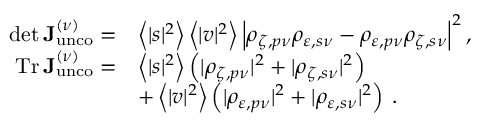
\begin{array} { r l } { \operatorname* { d e t } \mathop { \mathbf { J } _ { \mathrm { u n c o } } ^ { ( \nu ) } } = } & { \left\langle | s | ^ { 2 } \right\rangle \left\langle | v | ^ { 2 } \right\rangle \left| \rho _ { \zeta , p \nu } \rho _ { \varepsilon , s \nu } - \rho _ { \varepsilon , p \nu } \rho _ { \zeta , s \nu } \right| ^ { 2 } , } \\ { \mathrm { T r } \mathop { \mathbf { J } _ { \mathrm { u n c o } } ^ { ( \nu ) } } = } & { \left\langle | s | ^ { 2 } \right\rangle \left( | \rho _ { \zeta , p \nu } | ^ { 2 } + | \rho _ { \zeta , s \nu } | ^ { 2 } \right) } \\ & { + \left\langle | v | ^ { 2 } \right\rangle \left( | \rho _ { \varepsilon , p \nu } | ^ { 2 } + | \rho _ { \varepsilon , s \nu } | ^ { 2 } \right) \: . } \end{array}